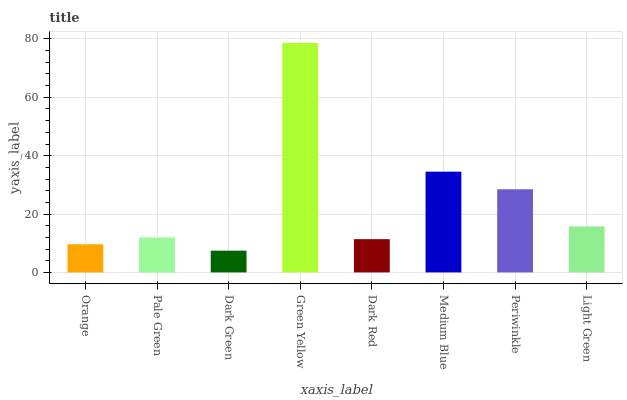
| xaxis_label | bars |
 | --- | --- |
 | Orange | 9.64 |
 | Pale Green | 11.9 |
 | Dark Green | 7.45 |
 | Green Yellow | 78.6 |
 | Dark Red | 11.4 |
 | Medium Blue | 34.5 |
 | Periwinkle | 28.5 |
 | Light Green | 15.8 |